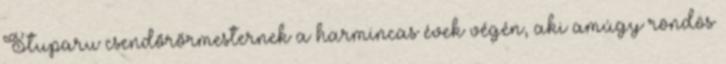
Stuparu csendõrõrmesternek a harmincas évek végén, aki amúgy röndös